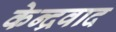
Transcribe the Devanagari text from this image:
केन्द्रवाद